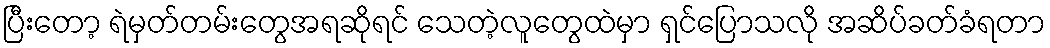
ပြီးတော့ ရဲမှတ်တမ်းတွေအရဆိုရင် သေတဲ့လူတွေထဲမှာ ရှင်ပြောသလို အဆိပ်ခတ်ခံရတာ